Lunatic asylums Central Provinces reports 1895-1909 - 1895-1909
Year: 1895
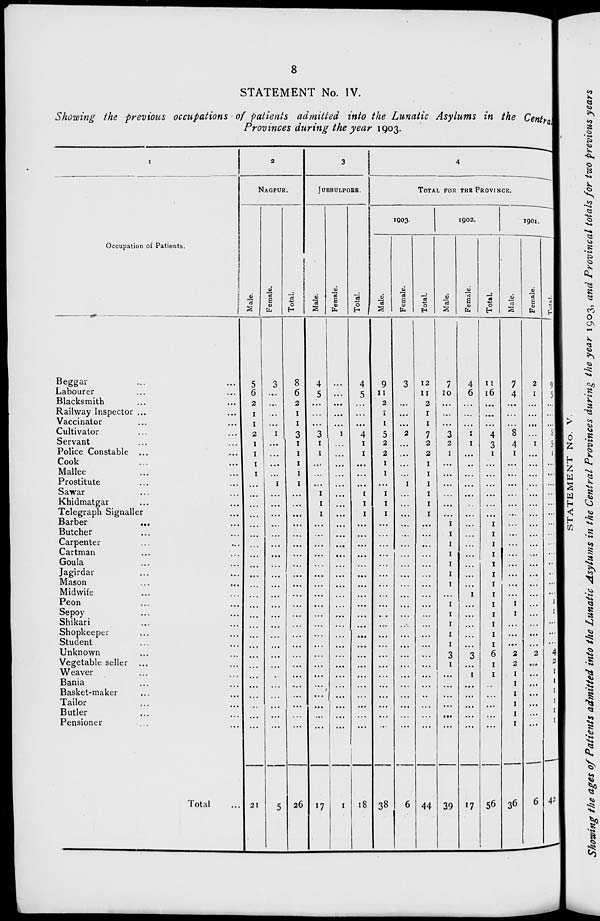
8
STATEMENT No. IV.
Showing the previous occupations of patients admitted into the Lunatic Asylums in the Central
Provinces during the year 1903.
1
Occupation of
Patients.
Beggar ... ...
Labourer ... ...
Blacksmith ... ...
Railway Inspector ... ...
Vaccinator ... ...
Cultivator ... ...
Servant ... ...
Police Constable ... ...
Cook ... ...
Mallee ... ...
Prostitute ... ...
Sawar ... ...
Khidmatgar ... ...
Telegraph Signaller ...
Barber
...
...
Butcher ... ...
Carpenter ... ...
Cartman ... ...
Goula ... ...
Jagirdar ... ...
Mason ... ...
Midwife ... ...
Peon ... ...
Sepoy ... ...
Shikari ... ...
Shopkeeper ... ...
Student ... ...
Unknown ... ...
Vegetable seller ... ...
Weaver ... ...
Bania ... ...
Basket-maker ... ...
Tailor ... ...
Butler
...
...
Pensioner
...
...
Total ...
2
NAGPUR.
Male.
5
6
2
1
1
2
1
1
1
1
...
...
...
...
...
...
...
...
...
...
...
...
...
...
...
...
...
...
...
...
...
...
...
...
...
21
Female.
3
...
...
...
...
1
...
...
...
...
1
...
...
...
...
...
...
...
...
...
...
...
...
...
...
...
...
...
...
...
...
...
...
...
...
5
Total.
8
6
2
1
1
3
1
1
1
1
1
...
...
...
...
...
...
...
...
...
...
...
...
...
...
...
...
...
...
...
...
...
...
...
...
26
3
JUBBULPORE.
Male.
4
5
...
...
...
3
1
1
...
...
...
1
1
1
...
...
...
...
...
...
...
...
...
...
...
...
...
...
...
...
...
...
...
...
...
17
Female.
...
...
...
...
...
1
...
...
...
...
...
...
...
...
...
...
...
...
...
...
...
...
...
...
...
...
...
...
...
...
...
...
...
...
...
1
Total.
4
5
...
...
...
4
1
1
...
...
...
1
1
1
...
...
...
...
...
...
...
...
...
...
...
...
...
...
...
...
...
...
...
...
...
18
4
TOTAL FOR THE PROVINCE.
1903.
Male.
9
11
2
1
1
5
2
2
1
1
...
1
1
1
...
...
...
...
...
...
...
...
...
...
...
...
...
...
...
...
...
...
...
...
...
38
Female.
3
...
...
...
...
2
...
...
...
...
1
...
...
...
...
...
...
...
...
...
...
...
...
...
...
...
...
...
...
...
...
...
...
...
...
6
Total.
12
11
2
1
1
7
2
2
1
1
1
1
1
1
...
...
...
...
...
...
...
...
...
...
...
...
...
...
...
...
...
...
...
...
...
44
1902.
Male.
7
10
...
...
...
3
2
1
...
...
...
...
...
...
1
1
1
1
1
1
1
...
1
1
1
1
1
3
1
...
...
...
...
...
...
39
Female.
4
6
...
...
...
1
1
...
...
...
...
...
...
...
...
...
...
...
...
...
...
1
...
...
...
...
...
3
...
1
...
...
...
...
...
17
Total.
11
16
...
...
...
4
3
1
...
...
...
...
...
...
1
1
1
1
1
1
1
1
1
1
1
1
1
6
1
1
...
...
...
...
...
56
1901.
Male.
7
4
...
...
...
8
4
1
...
...
...
...
...
...
...
...
...
...
...
...
...
...
1
1
...
...
...
2
2
1
1
1
1
1
1
36
Female.
2
1
...
...
...
...
1
...
...
...
...
...
...
...
...
...
...
...
...
...
...
...
...
...
...
...
...
2
...
...
...
...
...
...
...
6
Total.
9
5
...
...
...
8
5
1
...
...
...
...
...
...
...
...
...
...
..
...
...
...
1
1
...
...
...
4
2
1
1
1
1
1
1
42